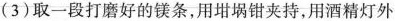
(3)取一段打磨好的镁条，用坩埚钳夹持，用酒精灯外